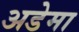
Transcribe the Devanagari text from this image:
अडेमा